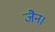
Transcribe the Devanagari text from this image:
जैन।